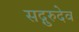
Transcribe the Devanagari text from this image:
सद्गुरुदेव